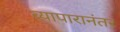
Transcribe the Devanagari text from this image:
व्यापारानंतर